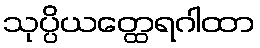
သုပ္ပိယတ္ထေရဂါထာ